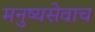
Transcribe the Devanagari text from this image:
मनुष्यसेवाच